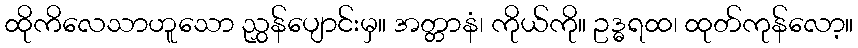
ထိုကိလေသာဟူသော ညွှန်ပျောင်းမှ။ အတ္တာနံ၊ ကိုယ်ကို။ ဥဒ္ဓရထ၊ ထုတ်ကုန်လော့။